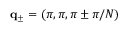
\mathbf { q } _ { \pm } = ( \pi , \pi , \pi \pm \pi / N )